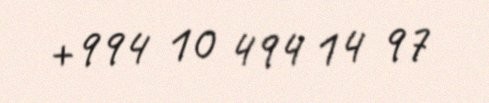
+994 10 494 14 97